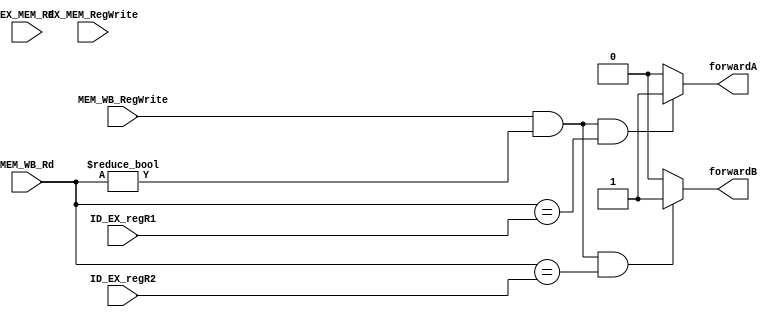
`timescale 1ns / 1ps
//////////////////////////////////////////////////////////////////////////////////
// Company: 
// Engineer: 
// 
// Design Name: 
// Module Name: forwarding_unit
// Project Name: 
// Target Devices: 
// Tool Versions: 
// Description: 
// 
// Dependencies: 
// 
// Revision:
// Revision 0.01 - File Created
// Additional Comments:
// 
//////////////////////////////////////////////////////////////////////////////////



module forwarding_unit(input [4:0]ID_EX_regR1,ID_EX_regR2,EX_MEM_Rd,MEM_WB_Rd,input EX_MEM_RegWrite, MEM_WB_RegWrite, 
output reg forwardA, forwardB );
//the second bit of ctrl
    always @(*) begin
        
        if (MEM_WB_RegWrite && (MEM_WB_Rd != 0) && (MEM_WB_Rd == ID_EX_regR1)) forwardA = 1'b1;
        else forwardA = 1'b0;
        
        if (MEM_WB_RegWrite && (MEM_WB_Rd != 0) && (MEM_WB_Rd == ID_EX_regR2)) forwardB = 1'b1;
        else forwardB = 1'b0;
        
    end

    
endmodule